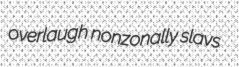
overlaugh nonzonally slavs